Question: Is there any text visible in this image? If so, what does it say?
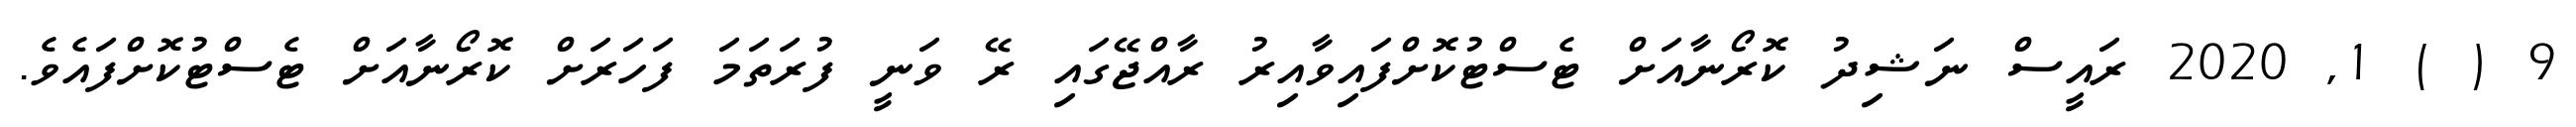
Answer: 9 ( ) 1, 2020 ރައީސް ނަޝިދު ކޮރޯނާއަށް ޓެސްޓުކޮށްފައިވާއިރު ރާއްޖޭގައި ރޭ ވަނީ ފުރަތަމަ ފަހަރަށް ކޮރޯނާއަށް ޓެސްޓުކޮށްފައެވެ.